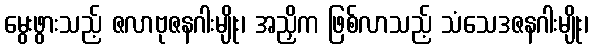
မွေးဖွားသည့် ဇလာဗုဇနဂါးမျိုး၊ အညှိက ဖြစ်လာသည့် သံသေဒဇနဂါးမျိုး၊